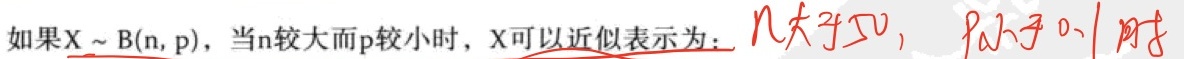
如果\(X \sim B(n, p)\)，当\(n\)较大而\(p\)较小时，\(X\)可以近似表示为：当\(n > 50\)，\(p < 0.1\)时